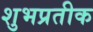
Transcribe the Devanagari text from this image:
शुभप्रतीक